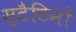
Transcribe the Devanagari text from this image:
स्टैटिनों